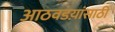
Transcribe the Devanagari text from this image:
आठवडय़ांसाठी